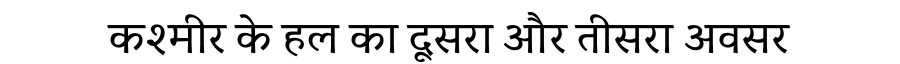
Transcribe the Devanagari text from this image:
कश्मीर के हल का दूसरा और तीसरा अवसर